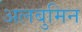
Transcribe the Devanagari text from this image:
अलबुमिन